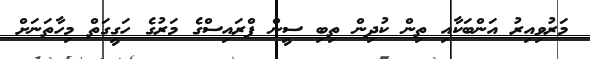
މަރުވިއިރު އަންބަކާއި ތިން ކުދިން ތިބި ސީން ޕްރައިސްގެ މަރުގެ ހަގީގަތް މިހާތަނަށް